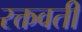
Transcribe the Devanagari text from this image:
रक्तवती